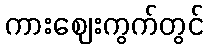
ကားဈေးကွက်တွင်